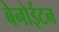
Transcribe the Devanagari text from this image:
बेनोईटन